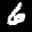
Label: 6